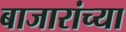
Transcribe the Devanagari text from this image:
बाजारांच्या